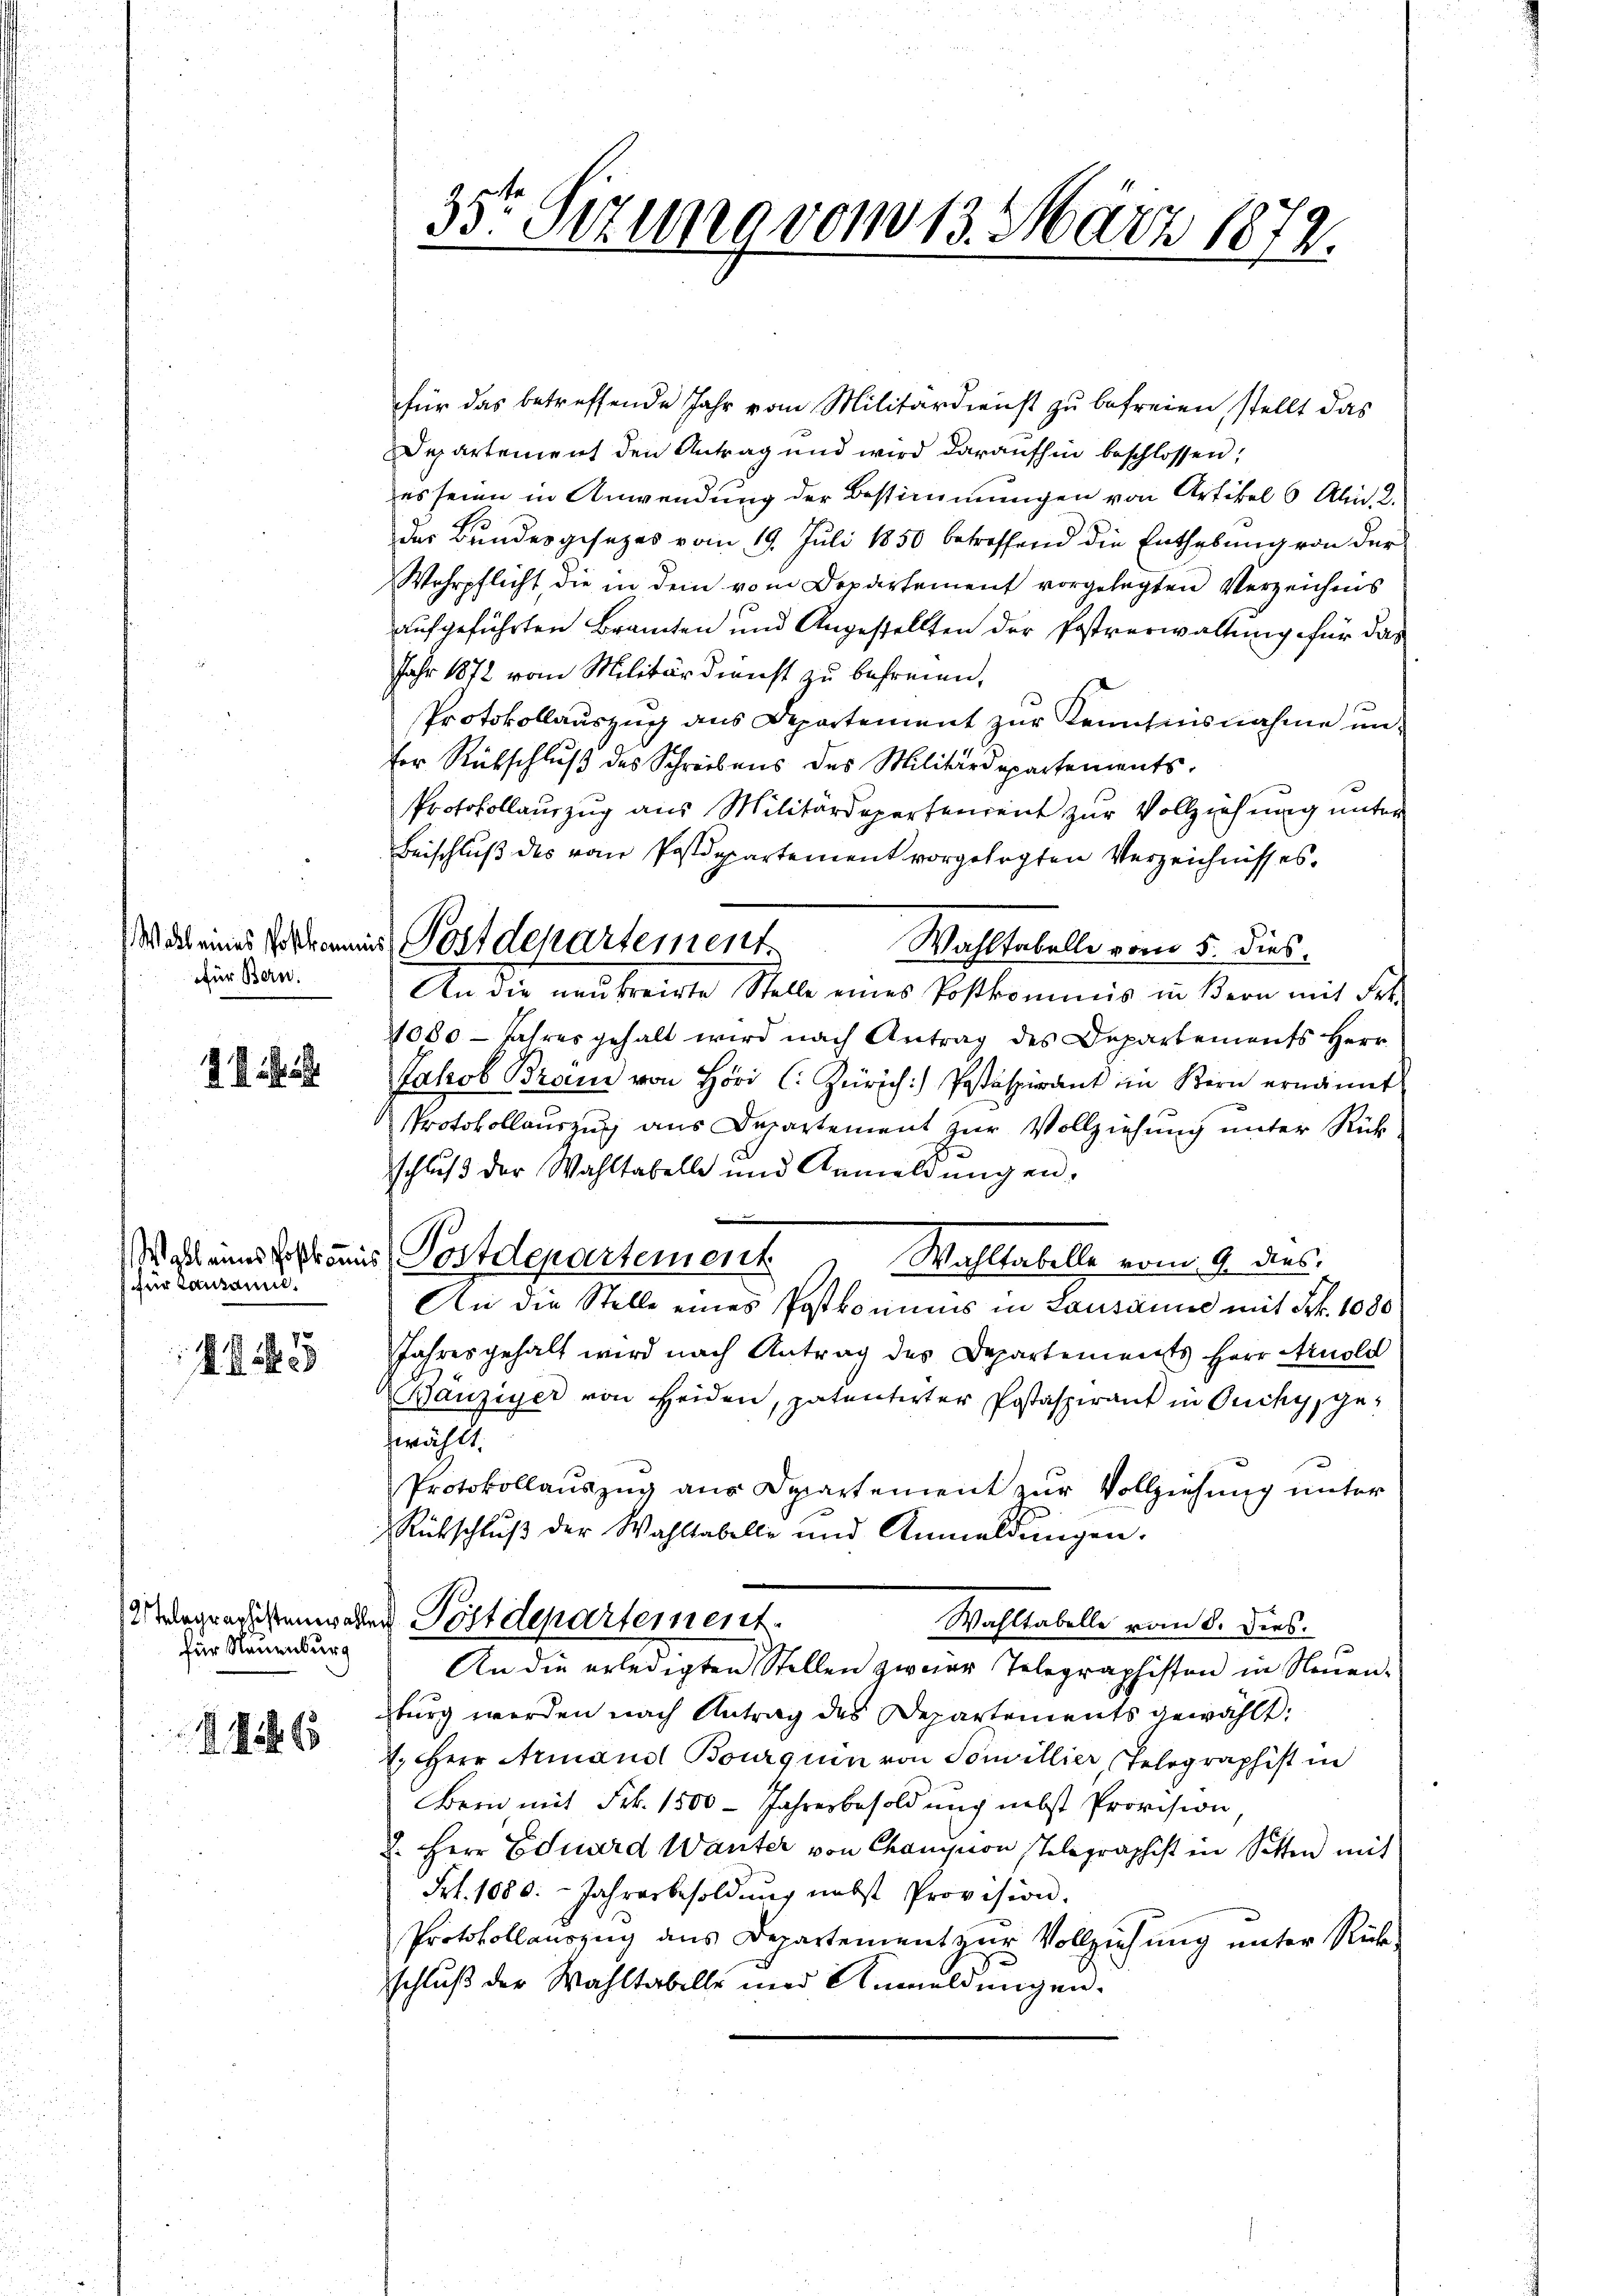
Wall eines Postkan
für Bern.

2

für Lausanne.

15
e

für Neuenburg

11865

35t Sezung vom 13. März 1872.

für das betreffende Jahr vom Militärdienst zu befreien, stellt das
Departement den Antrag und wird daraufhin beschlossen;
es seien in Anwendung der Bestimmungen von Artikel 6 Al. 2.
das Bundesgesetzes vom 19. Juli 1850 betreffend die Enthebŭng von der
Wehrpflicht, die in dem vom Departement vorgelegten Verzeichnis
aufgeführten Branchen und Angestellten der Postverwaltung für das
Jahr 1872 vom Militärdienst zu befreien,
Protokollauszug aus Departement zur Kenntnisnahme unfer Rütschlŭβ des Schreibens des Militärdepartements-
Protokollauszug aus Militärdepartenrent zur Vollziehung unter
Beischluß des vom Postdepartement vorgelegten Verzeichnisses.
Wahltabelle vom 5. dies.
An die neu freigte Stelle eines Postkommis in Bern mit Fel
11080 - Jahres gehalt wird nach Antrag des Departements Herr
Jakob Brand von Höri C. Zürich) Postäspirant im Kern ernannt
Protokollauszug aus Departement zur Vollziehung unter Rückschluß der Wahltabelle und Anmeldung ei¬
Wahl eines Post aus Postdepartement
Wahltabelle vom 9. dies
An die Stelle eines Postromums in Lausanne mit Frk. 1080
Jahresgehalt wird nach Antrag des Departements Herr Arnold
Bänziger von Heiden, patentirter Postaspirant in Ouchy, ge-
wählt.
Protokollauszug aus Departement zur Vollziehung unter
Rütschlŭβ der Wahltabelle und Anmeldŭngen.
Wlagrechtenwehren Postdepartement.
Wahltabelle vom 8. dies.
An die erledigten Stellen zweier Telegraphisten in Neuensburg werden nach Antrag des Departements gewählt:
7. Herr Armans Bourquin von Souvillier, Telegraphist in
Bern mit Frk. 1500 - Jahresbesoldung nebst Provision
2. Herr Eduard Wanter von Chamision, Telegraphist in Sitten mit
Frk. 1080. Jahresbesoldung nebst Provision.
Protokollauszug aus Departement zur Vollziehung unter Rück-
schluß der Wahltabelle und Anmeldungen.

in Postdepartement